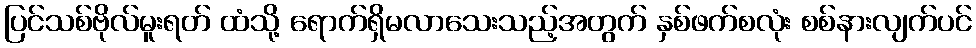
ပြင်သစ်ဗိုလ်မူးရတ် ထံသို့ ရောက်ရှိမလာသေးသည့်အတွက် နှစ်ဖက်စလုံး စစ်နားလျက်ပင်